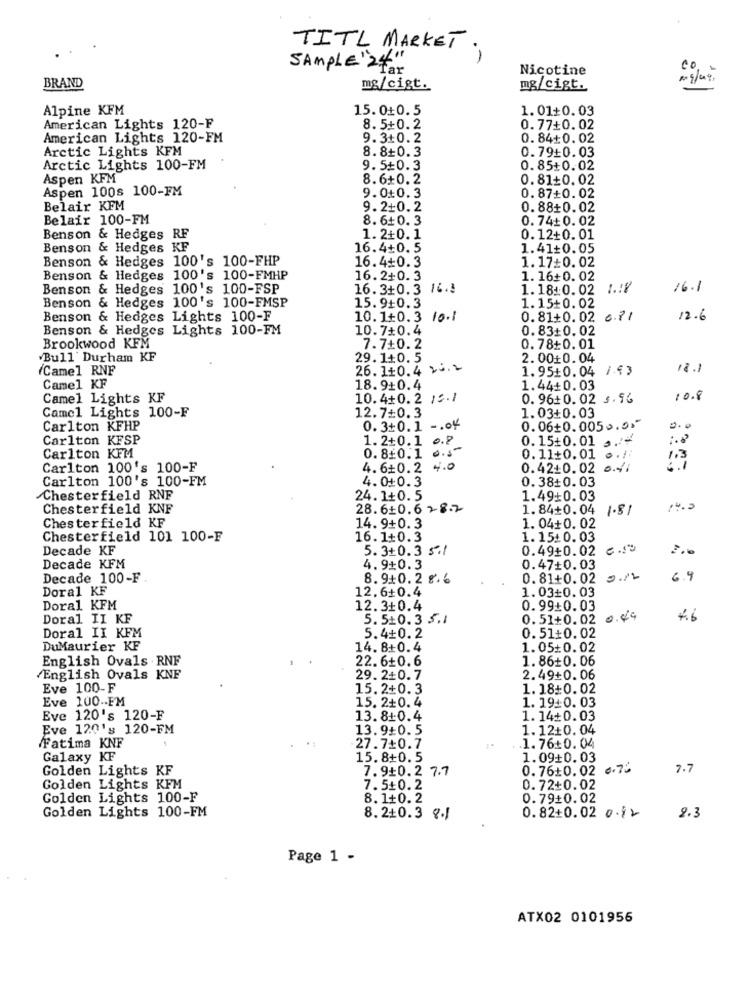
TITL MARKET.
SAMPLE "24"'
Tar
Nicotine
BRAND
mg/cigt.
mg/cigt.
Alpine KFM
15.0+0.5
1.01+0.03
American Lights 120-F
8.5+0.2
0.77+0.02
American Lights 120-FM
9.3+0.2
0.84+0.02
Arctic Lights KFM
8.8+0.3
0.79+0.03
Arctic Lights 100-FM
9.5+0.3
0.85+0.02
Aspen KFM
8.6+0.2
naNOON
0.81+0.02
Aspen 100s 100-FM
9.0+0.3
0.87+0.02
Belair KFM
9.2+0.2
0.88+0.02
Belair 100-FM
8.6+0.3
0.74+0.02
Benson & Hedges RF
1.2+0.1
0.12+0.01
Benson & Hedges KF
16.4+0.5
1.41+0.05
Benson & Hedges 100's 100-FHP
16.4+0.3
1.17+0.02
Benson & Hedges 100's 100-FMHP
16.2+0.3
1. 16+0.02
Benson & Hedges 100's 100-FSP
16.3+0.3 16 .!
1.18:0.02 1 .:?
16.1
Benson & Hedges 100's 100-FMSP
15.9+0.3
1.15+0.02
Benson & Hedges Lights 100-F
10.1+0.3 10.1
0.81+0.02 6.71
12.6
Benson & Hedges Lights 100-FM
10.7+0.4
0.83+0.02
Brookwood KFM
7.7+0.2
0.78+0.01
Bull' Durham KF
29.1+0.5
2.0010.04
(Camel RNF
26.1+0.4 25.2
1.95+0.04 /43
18.1
Camel KF
18.9+0.4
1.44+0.03
Camel Lights KF
10.4+0.2 12.1
0.96+0.02 3.96
10.8
Camel Lights 100-F
12.7+0.3
1.03+0.03
Carlton KFHP
0.3+0.1 - . 04
0.06+0.0050.05
Carlton KFSP
1.2+0.1 0.8
0. 15+0.01
Carlton KFM
0.8+0.1 0.5
0. 11+0. 01
1.3
Carlton 100's 100-F
4.6+0.2 4.0
0.42+0.02 0.41
Carlton 100's 100-FM
4.0+0.3
0.38+0.03
Chesterfield RNF
24.1+0.5
1.49+0.03
Chesterfield KNF
28.6+0.6 78.7
1.84+0.04
1.81
Chesterfield KF
14.9+0.3
1. 04+0.02
Chesterfield 101 100-F
16.1+0.3
1.15:0.03
Decade KF
5.3+0.3 5 .1
0.49+0.02
Decade KFM
4.9+0.3
0.47+0.03
Decade 100-F
8.9+0.2 8.6
0.81+0.02
2.12
6.9
Doral KF
12.6+0.4
1.03+0.03
Doral KFM
12.3+0.4
0.99:0.03
Doral II KF
5.5+0.3 5.1
0.51+0.02 0.49
0.51+0.02
Doral II KFM
5.4+0.2
DuMaurier KF
14.8+0.4
1.05:0.02
English Ovals .RNF
22.6+0.6
1.86+0.06
English Ovals KNF
29.2+0.7
2.49+0.06
Eve 100-F
15.2+0.3
1. 18:0.02
Eve 100 .- FM
15. 2+0.4
1. 1940. 03
Eve 120's 120-F
13.8+0.4
1.14+0.03
Eve 120's 120-FM
13.9+0.5
1.12+0.04
Fatima KNF
27.7+0.7
1.76:0.04
Galaxy KF
15.8+0.5
1.09+0.03
Golden Lights KF
7.9+0.2 7.7
0.7610.02 0.75
7.7
Golden Lights KFM
7.5+0.2
0.72+0.02
Golden Lights 100-F
8.1+0.2
0.79+0.02
Golden Lights 100-FM
8.2+0.3 8.1
0.82+0.02 0.82
2.3
Page 1 -
ATX02 0101956